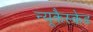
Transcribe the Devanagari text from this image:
न्यूकैस्केड